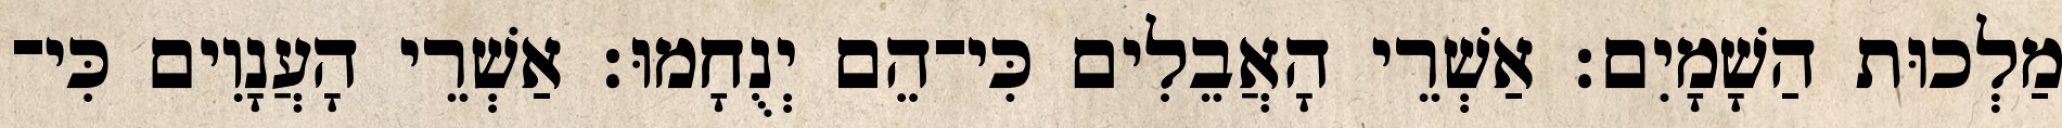
מַלְכוּת הַשָׁמָיִם׃ אַשְׁרֵי הָאֲבֵלִים כִּי־הֵם יְנֻחָמוּ׃ אַשְׁרֵי הָעֲנָוִים כִּי־